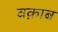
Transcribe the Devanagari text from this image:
वक़ाब